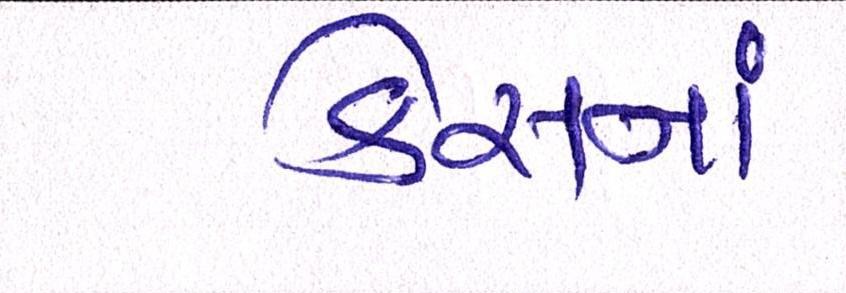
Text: કેસનાં